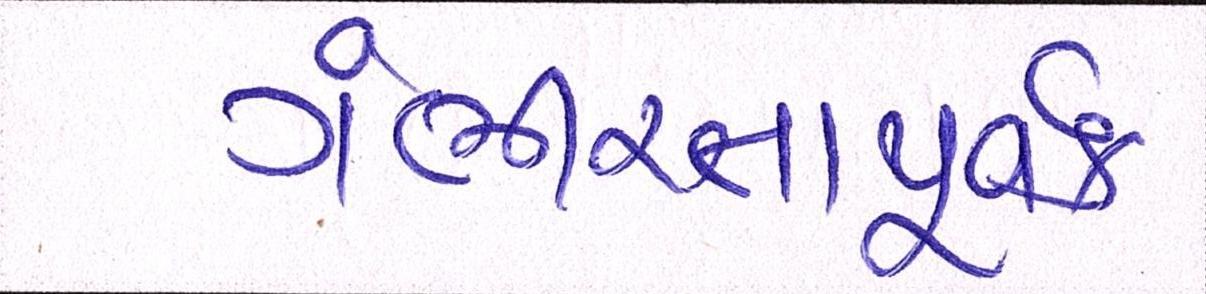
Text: ગંભીરતાપૂર્વક